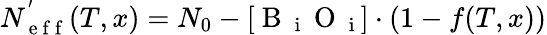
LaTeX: N_{\mathrm{~e~f~f~}}^{'}(T,x)=N_{0}-[\mathrm{~B~}_{\mathrm{~i~}}\mathrm{~O~}_{\mathrm{~i~}}]\cdot(1-f(T,x))